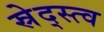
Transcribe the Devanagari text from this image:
स्रेद्स्त्व